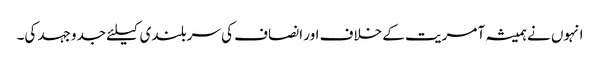
انہوں نے ہمیشہ آمریت کے خلاف اور انصاف کی سربلندی کیلئے جدوجہد کی۔